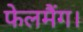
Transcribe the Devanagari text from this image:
फेलमैंग।